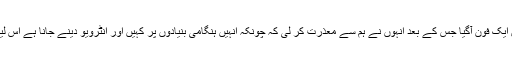
لیکن لائبریری پہنچتے ہی انہیں ایک فون آگیا جس کے بعد انہوں نے ہم سے معذرت کر لی کہ چونکہ انہیں ہنگامی بنیادوں پر کہیں اور انٹرویو دینے جانا ہے اس لیے کل کسی وقت ہم مل لیں گے۔